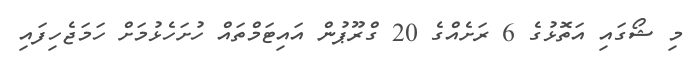
މި ޝޯގައި އަތޮޅުގެ 6 ރަށެއްގެ 20 ގްރޫޕުން އައިޓަމްތައް ހުށަހެޅުމަށް ހަމަޖެހިފައި